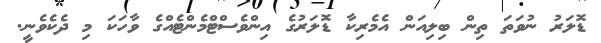
ޑޮލަރު ނުވަތަ ތިން ބިލިއަން އެމެރިކާ ޑޮލަރުގެ އިންވެސްޓްމެންޓެއްގެ ވާހަކަ މި ދެކެވެނީ.